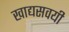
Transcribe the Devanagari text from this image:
खाद्यसवयी